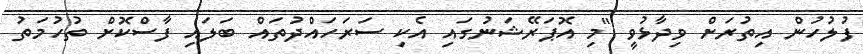
ފުލުހުން އިތުރަށް ވިދާޅުވީ "މި އޮޕަރޭޝަނުގައި އެކި ސަރަހައްދުތައް ބަލައި ފާސްކޮށް ތުހުމަތު